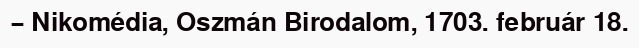
– Nikomédia, Oszmán Birodalom, 1703. február 18.